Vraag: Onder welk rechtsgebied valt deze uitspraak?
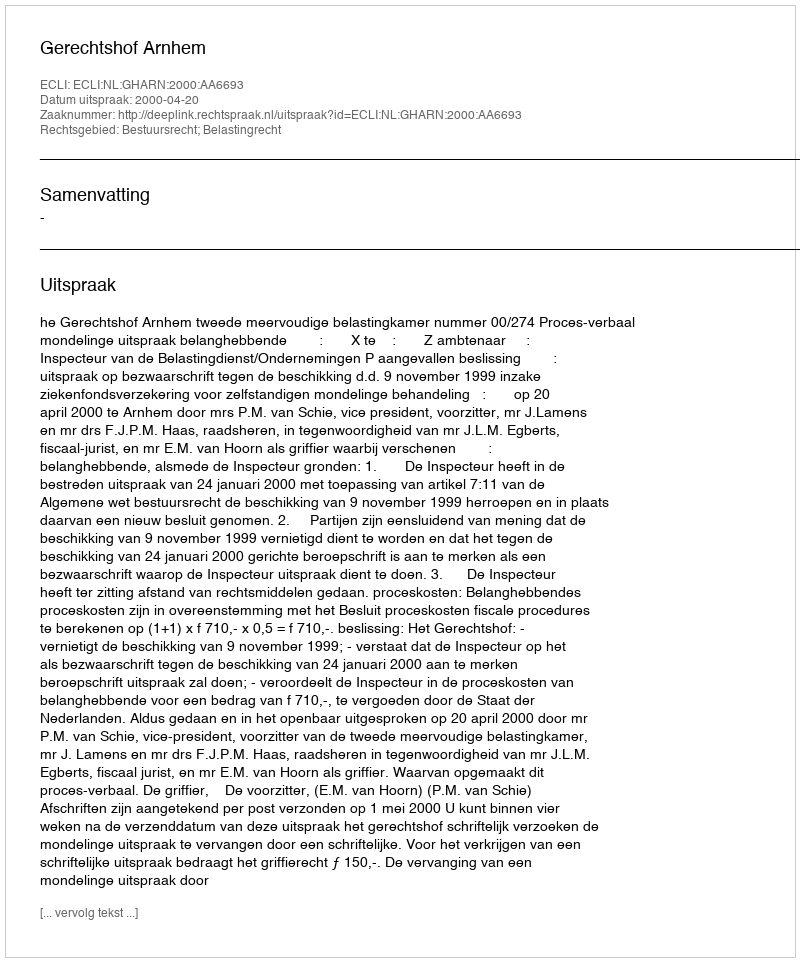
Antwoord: Bestuursrecht; Belastingrecht